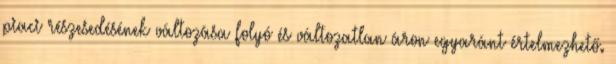
piaci részesedésének változása folyó és változatlan áron egyaránt értelmezhető.